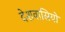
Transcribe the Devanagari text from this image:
देशवासियो